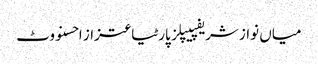
میاں نواز شریفپیپلز پارٹیاعتزاز احسنووٹ